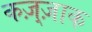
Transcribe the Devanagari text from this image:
कज़्ज़ाक